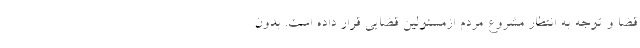
قضا و توجه به انتظار مشروع مردم ازمسئولین قضایی قرار داده است. بدون